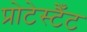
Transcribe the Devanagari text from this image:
प्रोटेस्टैँट